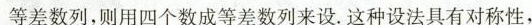
等差数列，则用四个数成等差数列来设。这种设法具有对称性，